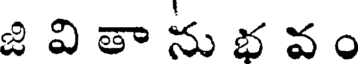
జి వి తా ను భ వ ం